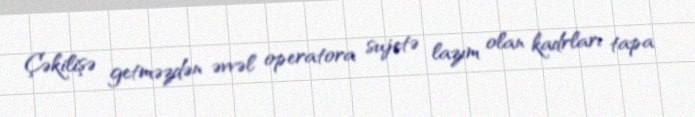
Çəkilişə getməzdən əvvəl operatora sujetə lazım olan kadrları tapa